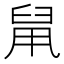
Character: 䑕